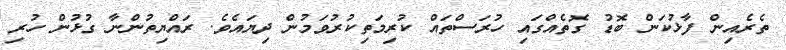
ތެރެއިން ފާޅުކަން ބޮޑު ގޮތެއްގައި ހުރަސްތައް ކުރިމަތިކުރުވަމުން ދިޔައެވެ. ރައްޔިތުންނާ ގުޅުން ހުރި